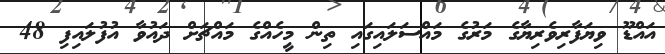
އައްޑޫ ވިޔަފާރިވެރިޔާގެ މަރުގެ މައްސަލައިގައި ތިން މީހެއްގެ މައްޗަށް ދައުވާ އުފުލައިފި 48